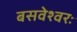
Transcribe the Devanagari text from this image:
बसवेश्वरः